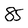
Character: 8